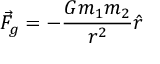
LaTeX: { \vec { F } } _ { g } = - { \frac { G m _ { 1 } m _ { 2 } } { r ^ { 2 } } } { \hat { r } }